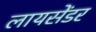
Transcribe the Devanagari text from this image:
लायसेंडर